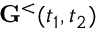
{ \bf G } ^ { < } ( t _ { 1 } , t _ { 2 } )